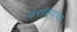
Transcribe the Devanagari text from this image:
फराकियांचल